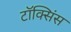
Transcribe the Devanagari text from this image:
टॉक्सिंस